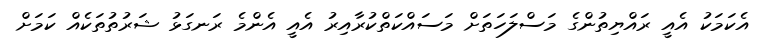
އެކަމަކު އެއީ ރައްޔިތުންގެ މަސްލަހަތަށް މަސައްކަތްކުރާއިރު އެއީ އެންމެ ރަނގަޅު ޝަރުތުތަކެއް ކަމަށް